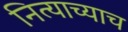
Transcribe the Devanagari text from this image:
नित्याच्याच